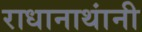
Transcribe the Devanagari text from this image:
राधानाथांनी